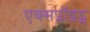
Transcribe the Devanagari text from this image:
एक्सप्लॉइट्स